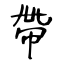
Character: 帶